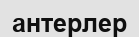
антерлер